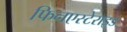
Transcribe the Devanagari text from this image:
फिनएस्टेराइड